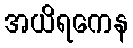
အယိရကေန